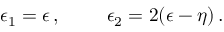
\epsilon _ { 1 } = \epsilon \, , \ \ \ \ \ \ \ \epsilon _ { 2 } = 2 ( \epsilon - \eta ) \, .